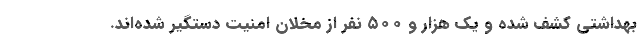
بهداشتی کشف شده و یک هزار و ۵۰۰ نفر از مخلان امنیت دستگیر شده‌اند.